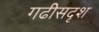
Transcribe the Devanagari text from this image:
गढीसदृश